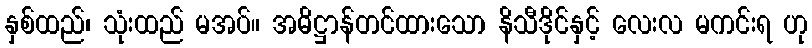
နှစ်ထည်၊ သုံးထည် မအပ်။ အဓိဋ္ဌာန်တင်ထားသော နိသီဒိုင်နှင့် လေးလ မကင်းရ ဟု